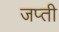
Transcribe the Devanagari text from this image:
जप्‍ती